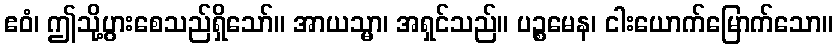
ဧဝံ၊ ဤသို့ပွားစေသည်ရှိသော်။ အာယသ္မာ၊ အရှင်သည်။ ပဉ္စမေန၊ ငါးယောက်မြောက်သော။